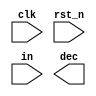
`timescale 1ns/1ps

module Mealy_Sequence_Detector (clk, rst_n, in, dec);
input clk, rst_n;
input in;
output dec;

endmodule